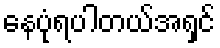
နေပုံရပါတယ်အရှင်